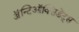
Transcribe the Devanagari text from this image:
ॲन्टिऑक्सिडेंट्स